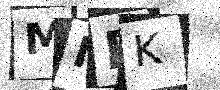
Text: MIFK